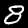
Label: 8